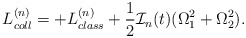
\begin{align*}L^{(n)}_{coll}=+L^{(n)}_{class}+\frac{1}{2}{\cal I}_n(t)(\Omega^2_1+\Omega^2_2).\end{align*}